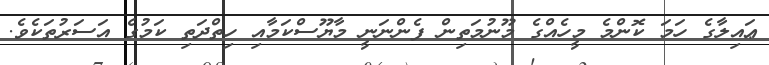
ޢައިލާގެ ހަމަ ކޮންމެ މީހެއްގެ މޫނުމަތިން ފެންނަނީ މާޔޫސްކަމާއި ހިތްދަތި ކަމުގެ އަސަރުތަކެވެ.